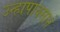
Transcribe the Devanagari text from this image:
उन्हापावसाने